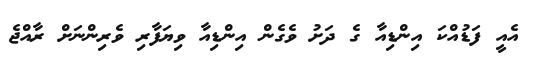
އެއީ ފަޑުއްކަ އިންޑިއާ ގެ ދަށު ވެގެން އިންޑިއާ ވިޔަފާރި ވެރިންނަށް ރާއްޖެ